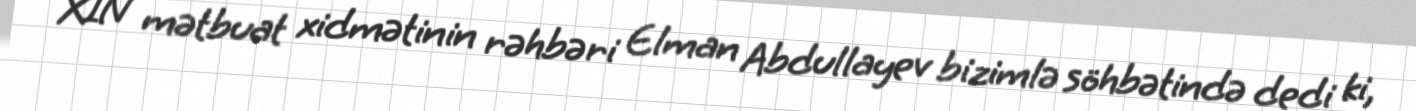
XİN mətbuat xidmətinin rəhbəri Elman Abdullayev bizimlə söhbətində dedi ki,